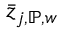
\bar { z } _ { j , \mathbb { P } , w }